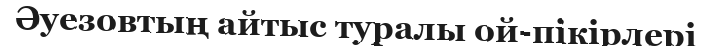
Әуезовтың айтыс туралы ой-пікірлері